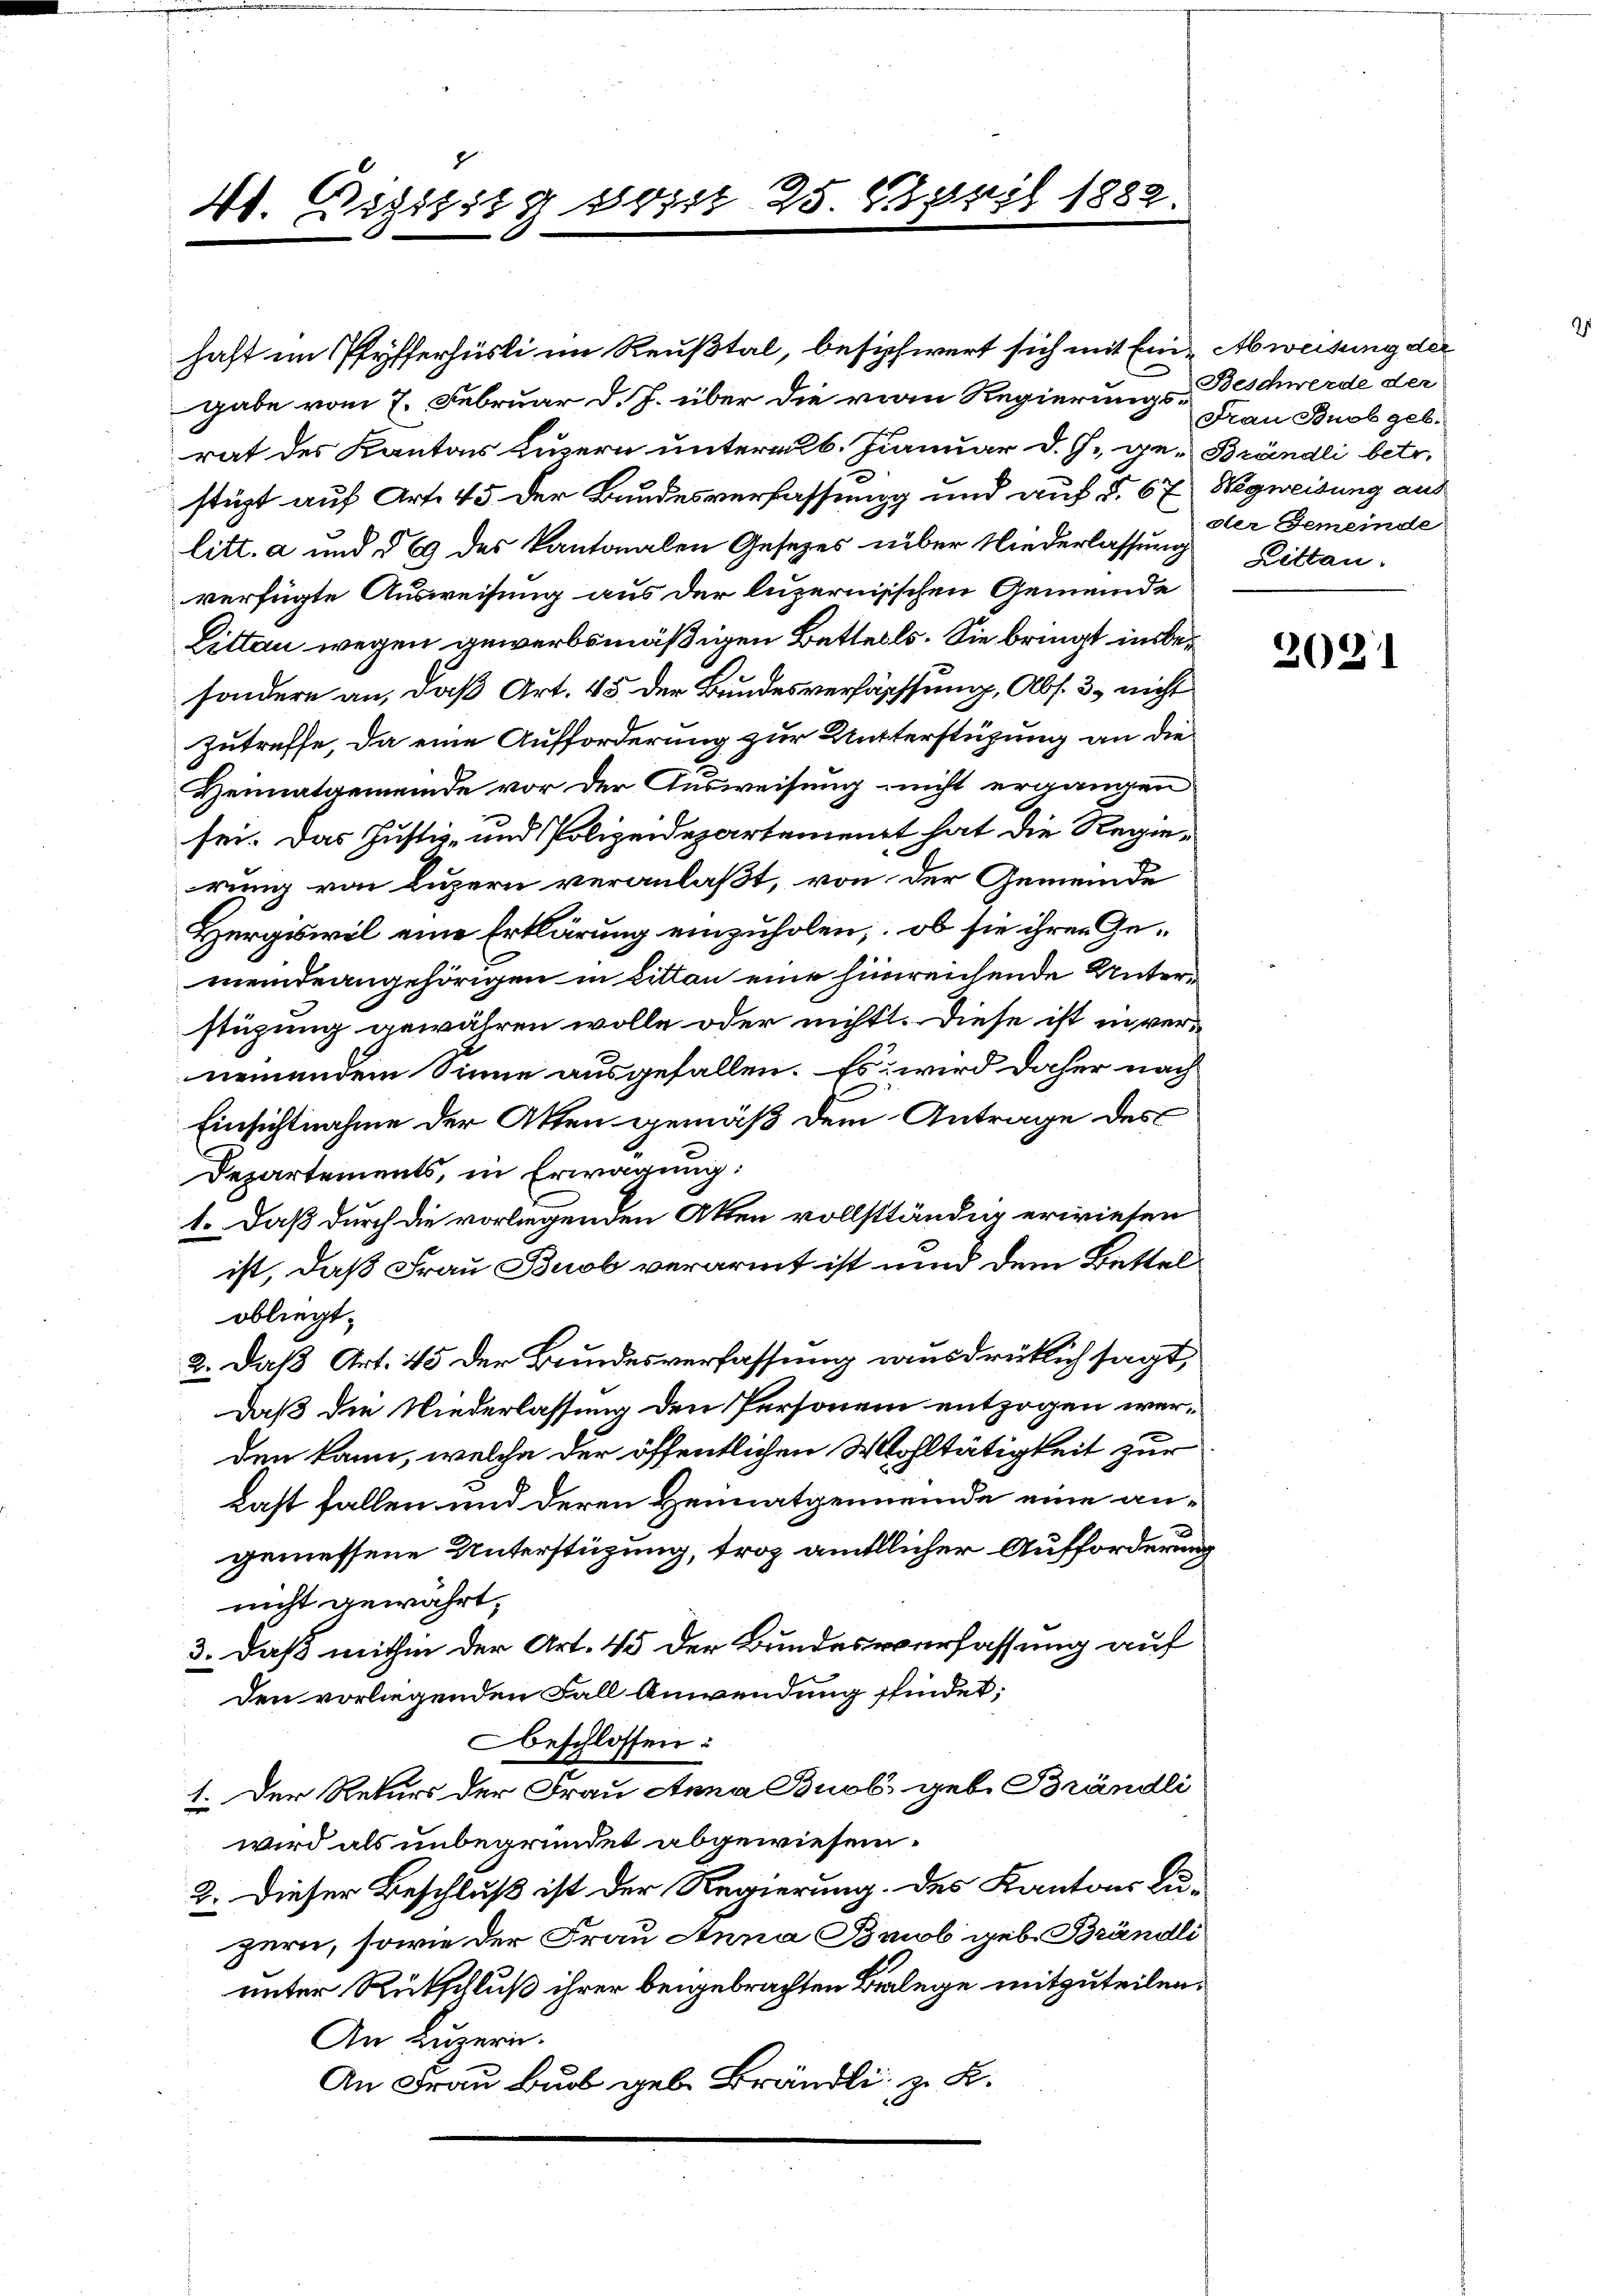
d
40. Digssitz sonst 25. April 1882.

haft im Pfyfferhüsli im Reußtal, besipfwert sich mit Eine Abweisung der
gabe vom 7. Februar d. J. über die vom Regierungs-Beschwerde der
rat des Kanton Luzern unterm 6. Januar d. J. ge-Brändli betr.
stüzt auf Art. 45 der Bundesverfassung und auf §. 67 Wegweisung aus
litt. a und § 69 des Kantonalen Gesetzes über Niederlassung Rittenverfügte Ausweisung aus der luzernisschen Gemeinde
Litten wegen gewerbsmäßigen Betteils. Sie bringt insbesondere an, daß Art. 45 der Bundesverfassung, Abs. 3. nicht
Zutreffe, da eine Aufforderung zur Unterstüzung an die
Heimatgemeinde vor der Ausweisung nicht ergangen
sei. Das Justiz- und Polizeidepartement hat die Regie-
rung von Luzern veranlaßt, von der Gemeinde
Hergiswil eine Erklärung einzuholen, ob sie ihren Gemeindeangehörigen in Litten eine hinreichende Unterstigung gewähren wolle oder nicht. Diese ist in ver-
nemendem Sinne ausgefallen. Es wird daher nach
Einsichtnahme der Akten gemäß dem Antrage des
Departements, in Erwägung:
1. Daß durch die vorliegenden Akten vollständig erwiesen
ist, daß Frau Buob verarmt ist und dem Bettel
obliegt.
2. daß Art. 45 der Bundesverfassung ausdrüklich sagt,
daß die Niederlassung den Personen entzogen werden kann, welche der öffentlichen Wohltätigkeit zur
Last fallen und deren Heimatgemeinde eine angemessene Unterstüzung, troz ämtlicher Aufforderung
nicht gewährt,
3. Daß mithin der Art. 45 der Bundesverfassung auf
Den vorliegenden Fall Anwendung findet;
beschlossen:
1. Der Rekurs der Frau Anna Buob geb. Brändli
wird als unbegründet abgewiesen.
2. Dieser Beschluß ist der Regierung. Des Kantons Luzern, sowie der Frau Anna Brob geb. Brändli
unter Rückschluß ihrer beigebrachten Belege mitzuteilen.
An Luzern.
An Frau Bub geb. Brändli z. B.

Frau Buob geb.
der Gemeinde

2021